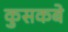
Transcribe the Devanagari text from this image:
कुसकबे